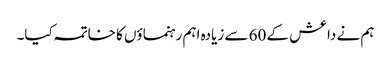
ہم نے داعش کے 60 سے زیادہ اہم رہنماؤں کا خاتمہ کیا۔